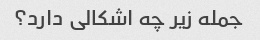
جمله زیر چه اشکالی دارد؟